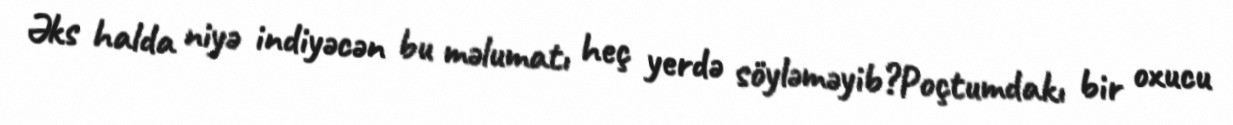
Əks halda niyə indiyəcən bu məlumatı heç yerdə söyləməyib?Poçtumdakı bir oxucu